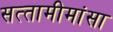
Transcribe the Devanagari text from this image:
सत्‍तामीमांसा